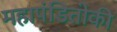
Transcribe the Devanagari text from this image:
महापंडितोकी